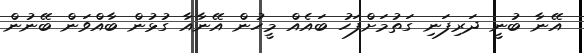
އޭނާ ބުނީ ދަރިފަނި ގަތުމަށްފަހު ބައެއް މީހުން އޭނާއާ ގުޅުން ބާއްވަން ބޭނުން